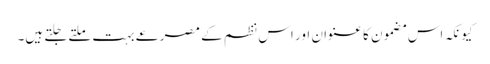
کیونکہ اس مضمون کا عنوان اور اس نظم کے مصرعے بہت ملتے جلتے ہیں۔